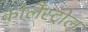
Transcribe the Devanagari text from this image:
कोलैस्ट्रोल